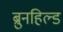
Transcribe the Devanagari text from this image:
ब्रुनहिल्ड